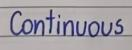
Continuous